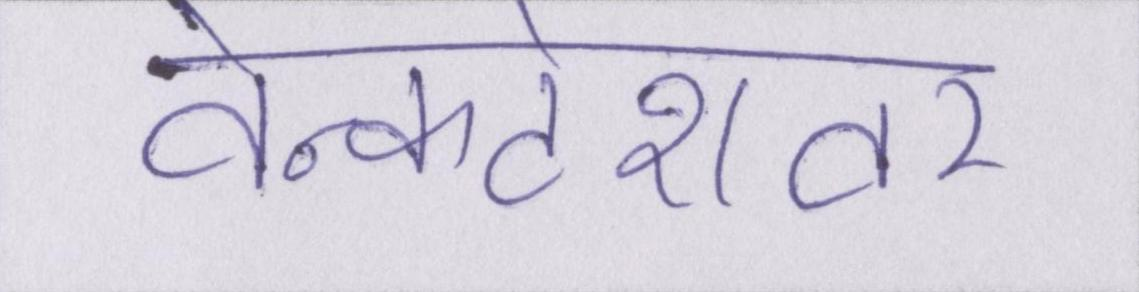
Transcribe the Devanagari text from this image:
वेन्कटेशवर